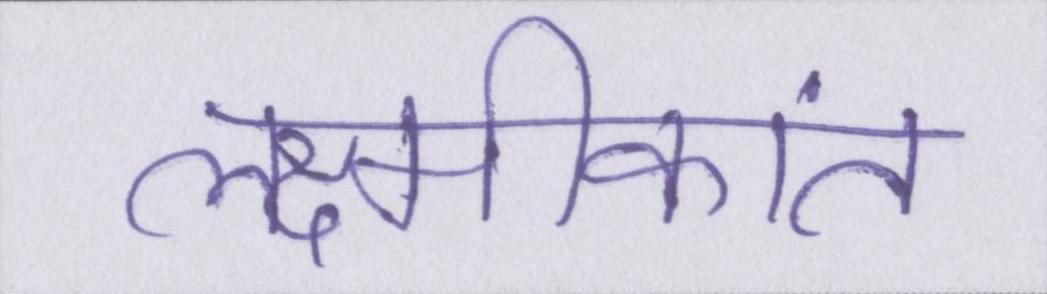
लक्ष्मीकांत